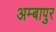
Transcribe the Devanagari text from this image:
अम्बापुर